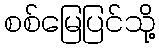
စစ်မြေပြင်သို့